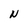
Character: N